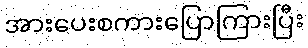
အားပေးစကားပြောကြားပြီး